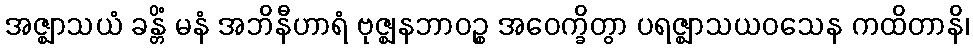
အဇ္ဈာသယံ ခန္တိံ မနံ အဘိနီဟာရံ ဗုဇ္ဈနဘာဝဉ္စ အဝေက္ခိတွာ ပရဇ္ဈာသယဝသေန ကထိတာနိ၊